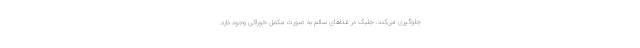
جلوگیری می‌کند. جلبک در غذاهای سالم به صورت مکمل خوراکی وجود دارد.